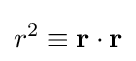
r^{2}\equiv \mathbf {r} \cdot \mathbf {r}